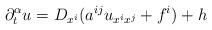
LaTeX: \begin{align*} \partial^{\alpha}_t u=D_{x^i}(a^{ij}u_{x^ix^j}+f^i)+h \end{align*}